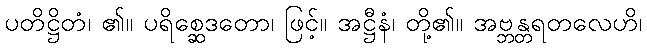
ပတိဋ္ဌိတံ၊ ၏။ ပရိစ္ဆေဒတော၊ ဖြင့်။ အဋ္ဌီနံ၊ တို့၏။ အဗ္ဘန္တရတလေဟိ၊